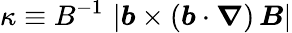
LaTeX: \kappa\equiv B^{-1}\, \left\vert\boldsymbol{b}\times\left(\boldsymbol{b}\cdot\boldsymbol{\nabla}\right)\, \boldsymbol{B}\right\vert